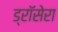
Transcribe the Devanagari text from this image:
ड्रॉसेरा